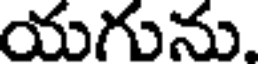
యగును.